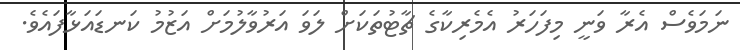
ނަމަވެސް އެރާ ވަނީ މިފަހަރު އެމެރިކާގެ ޗާޓުތަކަށް ލަވަ އަރުވާލުމަށް އަޒުމު ކަނޑައަޅާފައެވެ.